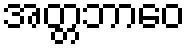
အတ္တဘာဝေ